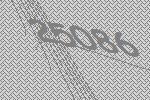
25086